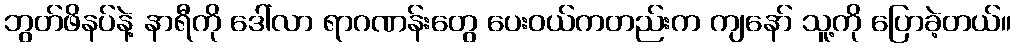
ဘွတ်ဖိနပ်နဲ့ နာရီကို ဒေါ်လာ ရာဂဏန်းတွေ ပေးဝယ်ကတည်းက ကျနော် သူ့ကို ပြောခဲ့တယ်။